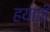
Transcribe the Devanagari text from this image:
हयाती